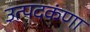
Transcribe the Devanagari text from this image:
उत्पदकंणा